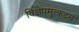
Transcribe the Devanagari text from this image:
विक्षेपमुत्कटम्